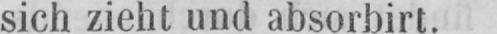
sich zieht und absorbirt.